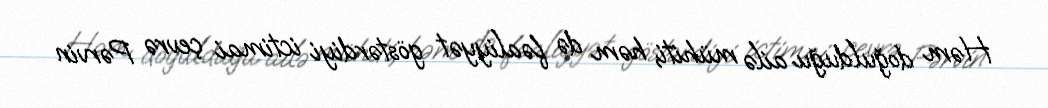
Həm doğulduğu ailə mühiti, həm də fəaliyyət göstərdiyi ictimai çevrə Pərvin